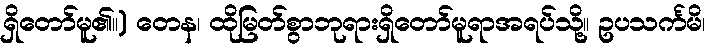
ရှိတော်မူ၏။) တေန၊ ထိုမြတ်စွာဘုရားရှိတော်မူရာအရပ်သို့။ ဥပသင်္ကမိ၊